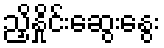
ညှိနှိုင်းဆွေးနွေး